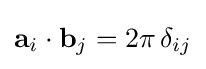
\mathbf {a} _{i}\cdot \mathbf {b} _{j}=2\pi \,\delta _{ij}